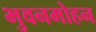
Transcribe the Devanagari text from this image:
भुवनमोहन